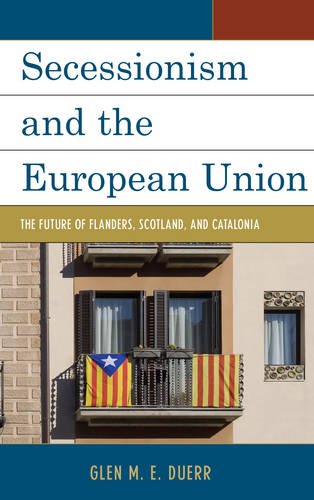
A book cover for Secessionism and the European Union: The Future of Flanders, Scotland, and Catalonia; Glen M.E. Duerr; Politics & Social Sciences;